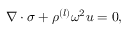
\begin{array} { r } { \nabla \cdot \sigma + \rho ^ { ( l ) } \omega ^ { 2 } u = 0 , } \end{array}